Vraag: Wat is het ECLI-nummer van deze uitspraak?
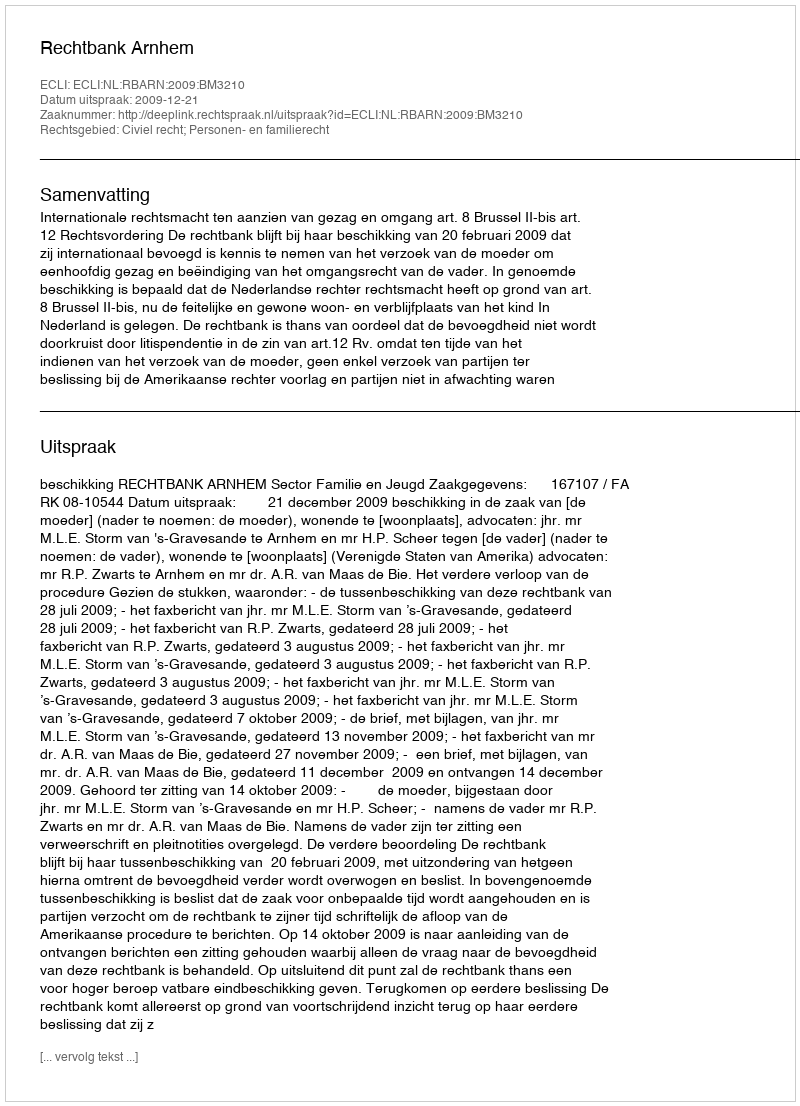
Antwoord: ECLI:NL:RBARN:2009:BM3210